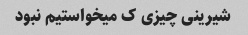
شیرینی چیزی ک میخواستیم نبود